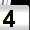
Digit: 4